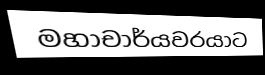
මහාචාර්යවරයාට